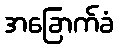
အခြောက်ခံ